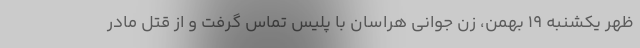
ظهر یکشنبه ۱۹ بهمن، زن جوانی هراسان با پلیس تماس گرفت و از قتل مادر